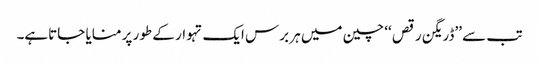
تب سے ’’ڈریگن رقص ‘‘ چین میں ہر برس ایک تہوار کے طور پر منایا جاتاہے۔